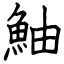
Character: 鮋